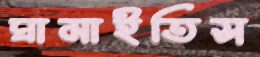
ঘামাইতিস